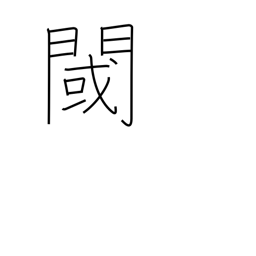
Meaning: threshold